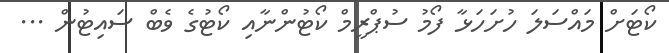
ކޯޓަށް މައްސަލަ ހުށަހަޅާ ފޯމު ސުޕްރީމް ކޯޓުންނާއި ކޯޓުގެ ވެބް ސައިޓުން ...